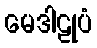
မေဒါဠုပံ